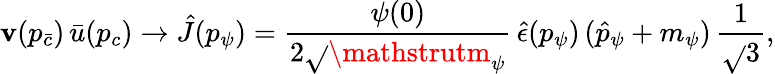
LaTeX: \mathbf{v}(p_{\bar{{c}}})\, \bar{{u}}(p_{c})\to\hat{{J}}(p_{\psi})={\frac{{\psi(0)}}{{2\sqrt{}{{\mathstrutm_{\psi}}}}}}\, \hat{{\epsilon}}(p_{\psi})\, (\hat{{p}}_{\psi}+m_{\psi})\, {\frac{{1}}{{\sqrt{}{{\mathstrut3}}}}},